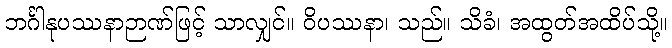
ဘင်္ဂါနုပဿနာဉာဏ်ဖြင့် သာလျှင်။ ဝိပဿနာ၊ သည်။ သိခံ၊ အထွတ်အထိပ်သို့။